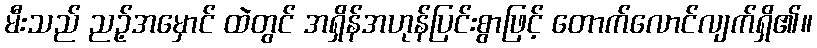
မီးသည် ညဉ့်အမှောင် ထဲတွင် အရှိန်အဟုန်ပြင်းစွာဖြင့် တောက်လောင်လျက်ရှိ၏။